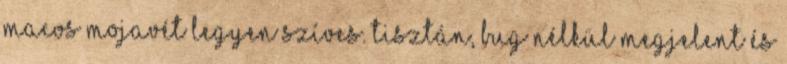
macOS Mojavét legyen szíves. Tisztán, bug nélkül Megjelent és